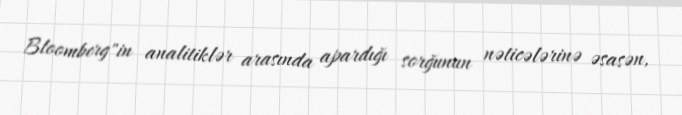
Bloomberg"in analitiklər arasında apardığı sorğunun nəticələrinə əsasən,